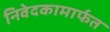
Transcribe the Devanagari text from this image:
निवेदकामार्फत